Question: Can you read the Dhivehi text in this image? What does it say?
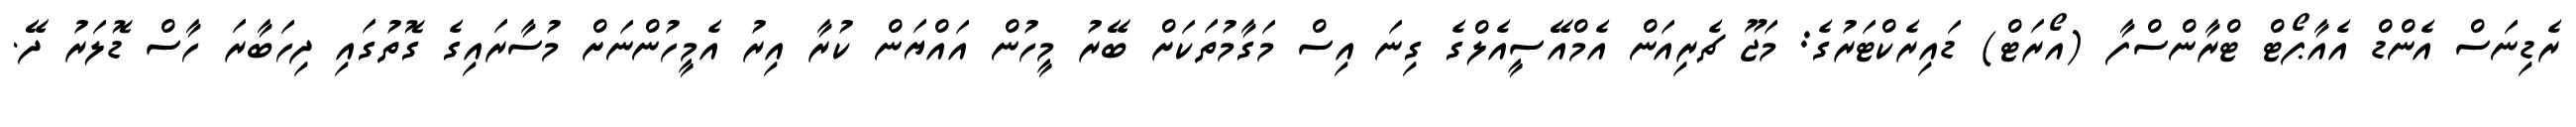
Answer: ރެޑިނަސް އެންޑް އެއާޕޯޓް ޓްރާންސްފާ (އޯރަޓް) ޑައިރެކްޓަރުގެ: މަޖޫ ޗެރިއަން އެމްއޭސީއެލްގެ ގިނަ އިސް މަގާމުތަކަށް ބޭރު މީހުން އައްޔަން ކުރާ އިރު އެމީހުންނަށް މުސާރައިގެ ގޮތުގައި ދިހަބާރަ ހާސް ޑޮލަރު ދޭ.